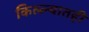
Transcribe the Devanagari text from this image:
किल्ल्यातही